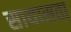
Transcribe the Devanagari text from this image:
सायासता